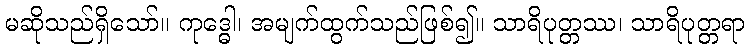
မဆိုသည်ရှိသော်။ ကုဒ္ဓေါ၊ အမျက်ထွက်သည်ဖြစ်၍။ သာရိပုတ္တဿ၊ သာရိပုတ္တရာ